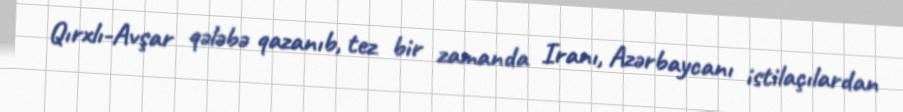
Qırxlı-Avşar qələbə qazanıb, tez bir zamanda Iranı, Azərbaycanı istilaçılardan